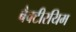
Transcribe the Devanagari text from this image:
बैक्टीरयिम